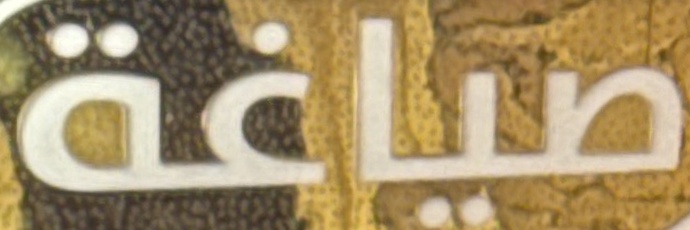
صیاغة